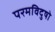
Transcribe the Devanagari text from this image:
परमविदुषो